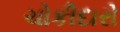
ચોકીદારો